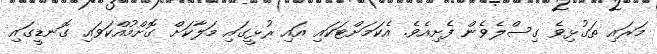
މަރައި ތަގުޅިވެ ގިސްލެވެން ފެށިއެވެ. އެކަމަށްޓަކައި އައި ރުޅީގައި މަލާކަށް ގޮށްމުއްކަވައި ގޮނޑީގައި